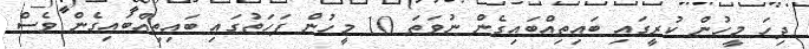
ދިހަ މީހުން ކުރީގައި ބައިތިއްބައިގެން ނުވަތަ 10 މީހުން ފަހަތުގައި ބައިތިއްބައިގެން ވެސް